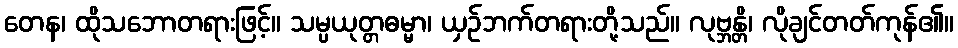
တေန၊ ထိုသဘောတရားဖြင့်။ သမ္ပယုတ္တဓမ္မာ၊ ယှဉ်ဘက်တရားတို့သည်။ လုဗ္ဘန္တိ၊ လိုချင်တတ်ကုန်၏။